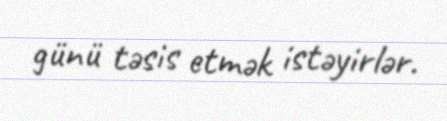
günü təsis etmək istəyirlər.